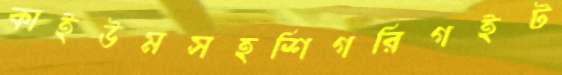
কাইউমসহশিগরিগইট